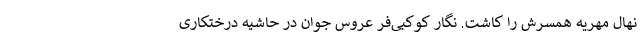
نهال مهریه همسرش را کاشت. نگار کوکبی‌فر عروس جوان در حاشیه درختکاری